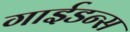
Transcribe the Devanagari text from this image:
गाईडन्स